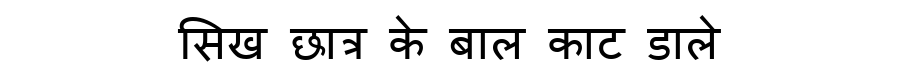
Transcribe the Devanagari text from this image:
सिख छात्र के बाल काट डाले